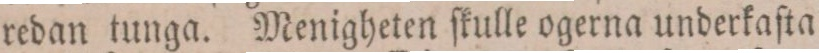
redan tunga. Menigheten ſkulle ogerna underkafta